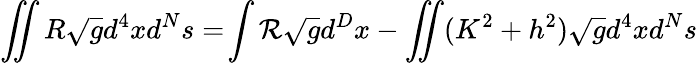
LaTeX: \int\! \! \! \! \int R\sqrt{g}d^{4}xd^{N}s=\! \int{\cal R}\sqrt{g}d^{D}x-\int\! \! \! \! \int(K^{2}+h^{2})\sqrt{g}d^{4}xd^{N}s